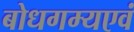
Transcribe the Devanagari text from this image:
बोधगम्यएवं